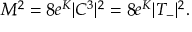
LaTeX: M ^ { 2 } = 8 e ^ { K } | C ^ { 3 } | ^ { 2 } = 8 e ^ { K } | T _ { - } | ^ { 2 } .